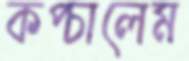
কপ্‌চালেম